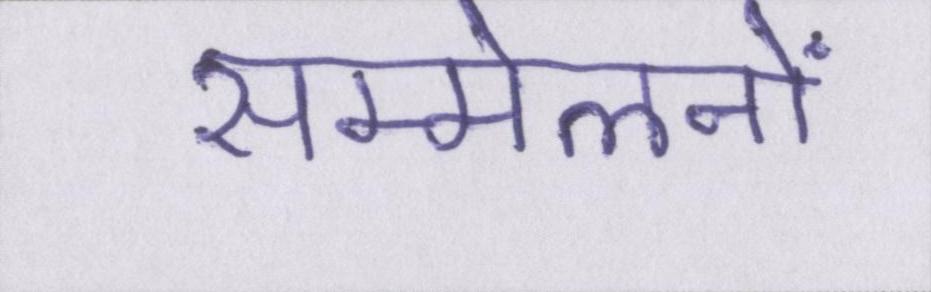
सम्मेलनों